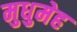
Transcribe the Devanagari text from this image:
मुधुमेह